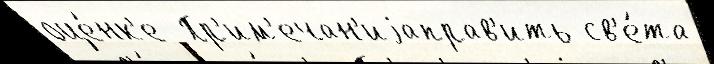
оце́нк'е  Пр'им'ечан'иjаправ'ить св'е́та